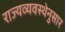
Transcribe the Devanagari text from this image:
राज्यव्यवस्थेनुसार